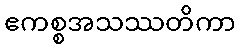
ဧကစ္စအသဿတိကာ